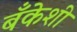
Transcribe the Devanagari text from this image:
बँकेशी